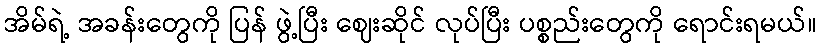
အိမ်ရဲ့ အခန်းတွေကို ပြန် ဖွဲ့ပြီး ဈေးဆိုင် လုပ်ပြီး ပစ္စည်းတွေကို ရောင်းရမယ်။